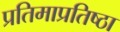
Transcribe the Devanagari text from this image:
प्रतिमाप्रतिष्ठा